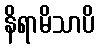
နိရာမိသာပိ